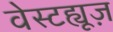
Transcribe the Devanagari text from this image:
वेस्टह्यूज़